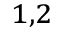
^ { 1 , 2 }